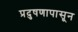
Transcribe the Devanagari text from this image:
प्रदुषणापासून